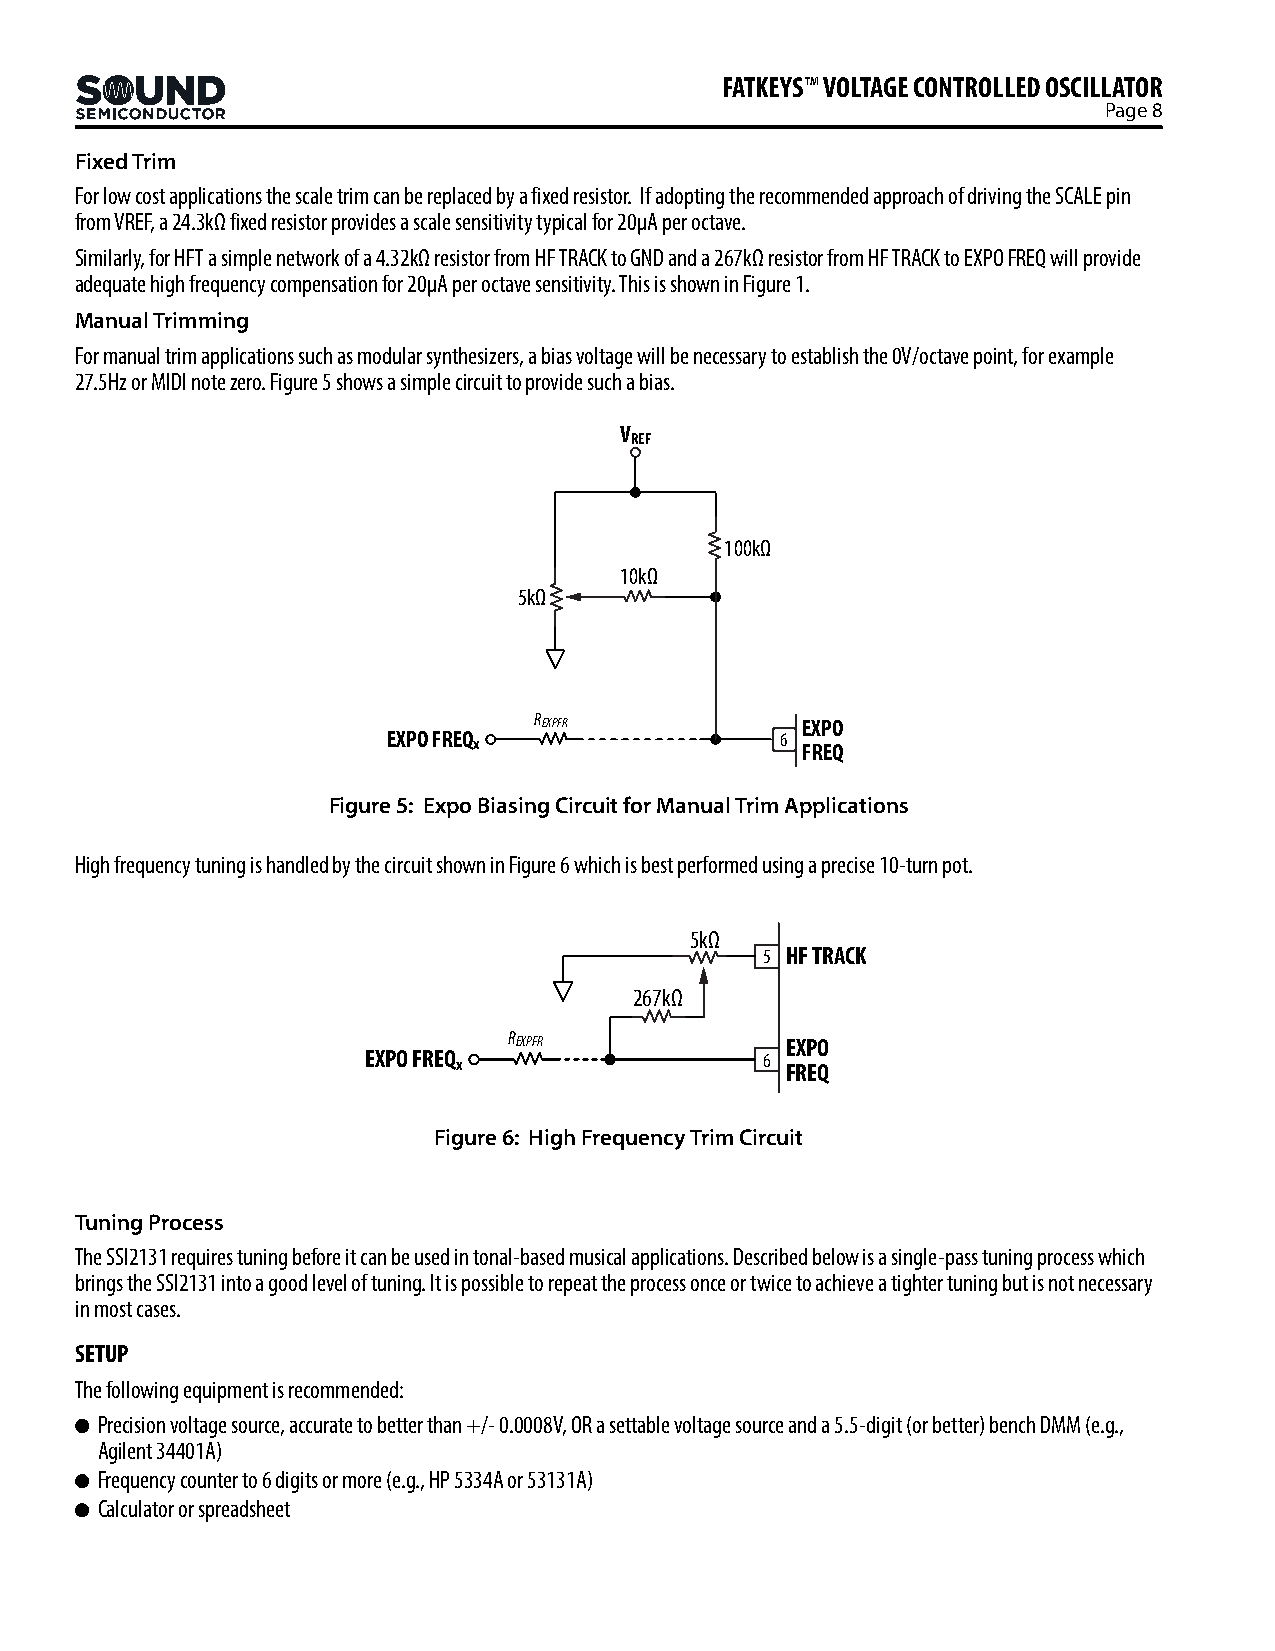
FATKEYS™ VOLTAGE CONTROLLED OSCILLATOR
 Page 8
 Fixed Trim
 For low cost applications the scale trim can be replaced by a fixed resistor. If adopting the recommended approach of driving the SCALE pin
 from VREF, a 24.3kΩ fixed resistor provides a scale sensitivity typical for 20µA per octave.
 Similarly, for HFT a simple network of a 4.32kΩ resistor from HF TRACK to GND and a 267kΩ resistor from HF TRACK to EXPO FREQ will provide
 adequate high frequency compensation for 20µA per octave sensitivity. This is shown in Figure 1.
 Manual Trimming
 For manual trim applications such as modular synthesizers, a bias voltage will be necessary to establish the 0V/octave point, for example
 27.5Hz or MIDI note zero. Figure 5 shows a simple circuit to provide such a bias.
 V
 REF
 100kΩ
 10kΩ
 5kΩ
 REXPFR
 EXPO
 EXPO FREQ x               6 FREQ
 Figure 5: Expo Biasing Circuit for Manual Trim Applications
 High frequency tuning is handled by the circuit shown in Figure 6 which is best performed using a precise 10-turn pot.
 5kΩ
 5 HF TRACK
 267kΩ
 REXPFR
 EXPO
 EXPO FREQ x               6 FREQ
 Figure 6: High Frequency Trim Circuit
 Tuning Process
 The SSI2131 requires tuning before it can be used in tonal-based musical applications. Described below is a single-pass tuning process which
 brings the SSI2131 into a good level of tuning. It is possible to repeat the process once or twice to achieve a tighter tuning but is not necessary
 in most cases.
 SETUP
 The following equipment is recommended:
 Precision voltage source, accurate to better than +/- 0.0008V, OR a settable voltage source and a 5.5-digit (or better) bench DMM (e.g.,
 Agilent 34401A)
 Frequency counter to 6 digits or more (e.g., HP 5334A or 53131A)
 Calculator or spreadsheet